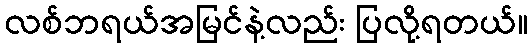
လစ်ဘရယ်အမြင်နဲ့လည်း ပြလို့ရတယ်။